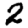
Digit: 2